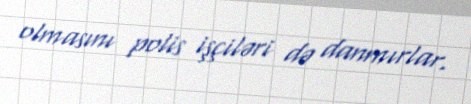
olmasını polis işçiləri də danmırlar.